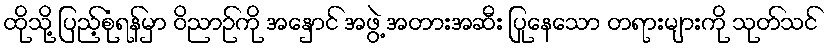
ထိုသို့ ပြည့်စုံရန်မှာ ဝိညာဉ်ကို အနှောင် အဖွဲ့ အတားအဆီး ပြုနေသော တရားများကို သုတ်သင်